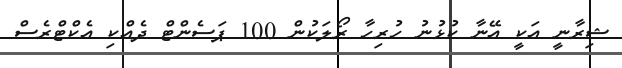
ޝިރާނީ އަކީ އޭނާ ކުޅުނު ހުރިހާ ރޯލަކުން 100 ޕަސެންޓް ދެއްކި އެކްޓްރެސް